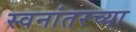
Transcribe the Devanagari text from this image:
स्वनांतरच्या